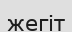
жегіт